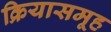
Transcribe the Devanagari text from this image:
क्रियासमूह